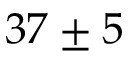
3 7 \pm 5